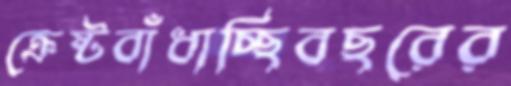
ক্রেষ্টবাঁধাচ্ছিবছরের